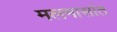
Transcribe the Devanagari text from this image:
मलमासांत